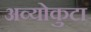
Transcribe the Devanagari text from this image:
अव्योकुटा